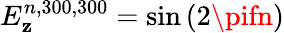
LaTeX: E_{\mathbf{z}}^{n,300,300}=\sin\left(2\pifn\right)